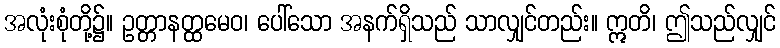
အလုံးစုံတို့၌။ ဥတ္တာနတ္ထမေဝ၊ ပေါ်သော အနက်ရှိသည် သာလျှင်တည်း။ ဣတိ၊ ဤသည်လျှင်